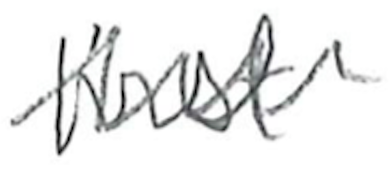
Text: first
Cross-out: zig-zag
Writing tool: pencil